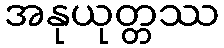
အနုယုတ္တဿ